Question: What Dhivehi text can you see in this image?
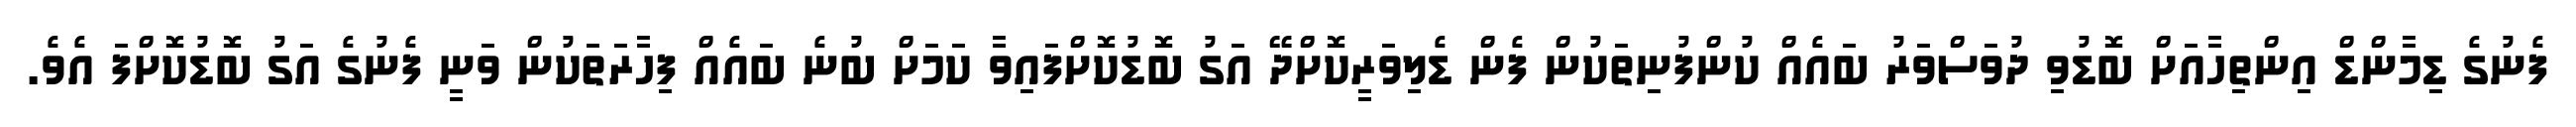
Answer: ފެނުގެ ޑިމާންޑް އިންތިހާއަށް ބޮޑުވި ދުވަސްވަރު ބައެއް ކުންފުނިތަކުން ފެން ޑެލިވަރީކޮށްދޭ އަގު ބޮޑުކޮށްފައިވާ ކަމަށް ބުނެ ބައެއް ފިހާރަތަކުން ވަނީ ފެނުގެ އަގު ބޮޑުކޮށްފަ އެވެ.